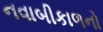
નવાબીકાળનો